Annual report of the Punjab Veterinary College and of the Civil Veterinary Department, Punjab - 1926-1932
Year: 1926
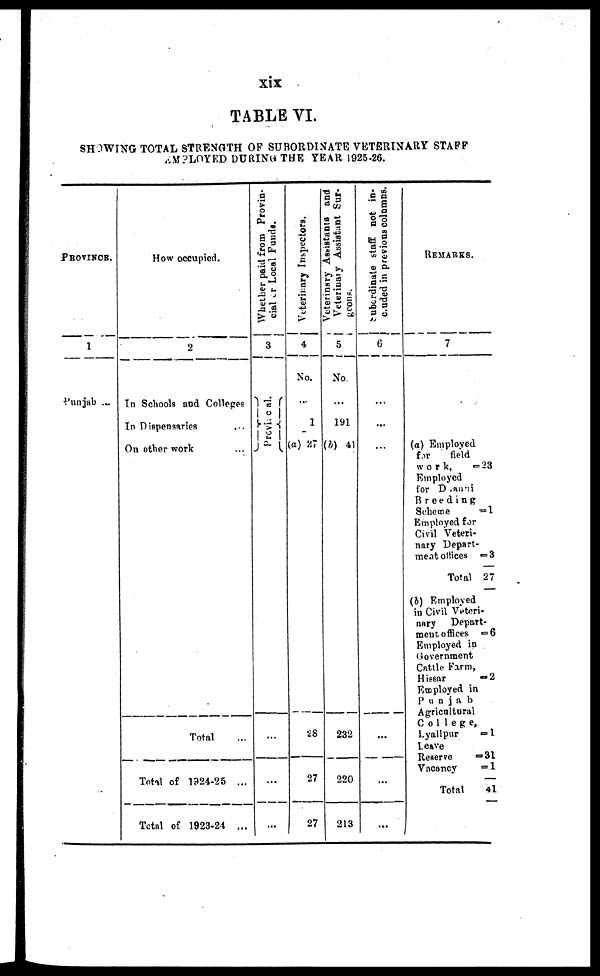
xix
TABLE VI
SHOWING TOTAL STRENGTH OF SUBORDINATE VETERINARY STAFF
EMPLOYED DURING THE YEAR 1925-26.
PROVINOR
1
Punjab ...
How occupied.
2
In Schools and Colleges
In Dispensaries
...
On other work ...
Total ...
Total of 1924-25 ...
Total of 1923-24 ...
Whether paid from Provin-
cial or Local Funds.
3
Pr ovi ncal .
...
...
...
Veterinary Inspectors.
4
No.
...
1
(a) 27
28
27
27
Veterinary Assittants and
Veterinary
Assistant Sur-
gcons.
5
No.
...
191
(b) 41
232
220
213
Subordinate
staff not in-
cluded
in previous columns.
6
...
...
...
...
...
...
REMARKS.
7
(a) Employed
for
field
work,
= 23
Employed
for D auni
Breeding
Scheme
= 1
Employed for
Civil Veteri-
nary Depart-
ment offices = 3
Total 27
(b) Employed
in Civil Veteri-
nary
Depart-
ment offices
= 6
Employed in
Government
Cattle Farm,
Hissar
=
2
Employed in
Punjab
Agricultural
College,
Lyallpur
= 1
Leave
Reserve
= 31
Vacancy
= 1
—
Total
41